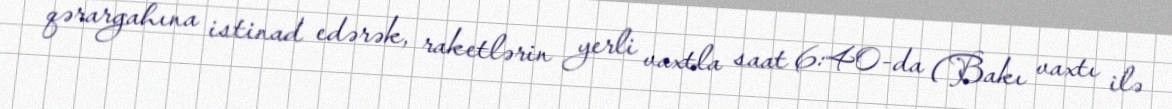
qərargahına istinad edərək, raketlərin yerli vaxtla saat 6:40-da (Bakı vaxtı ilə